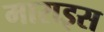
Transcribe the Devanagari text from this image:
माराइस